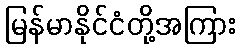
မြန်မာနိုင်ငံတို့အကြား